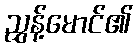
ညွှန့်မောင်၏